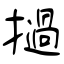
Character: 撾